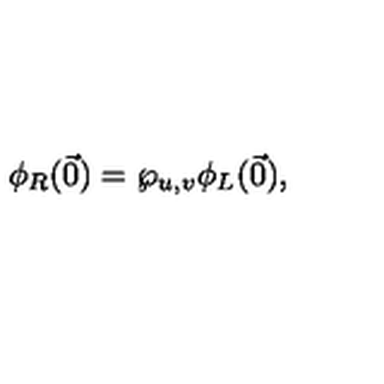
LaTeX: \phi _ { R } ( \vec { 0 } ) = \wp _ { u , v } \phi _ { L } ( \vec { 0 } ) ,